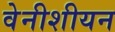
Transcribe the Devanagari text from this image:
वेनीशीयन